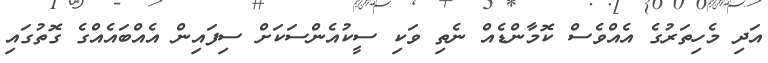
އަދި މެހިތަރުގެ އެއްވެސް ކޮމާންޑެއް ނެތި ވަކި ސީކުއެންސަކަށް ސިފައިން އެއްބައެއްގެ ގޮތުގައި